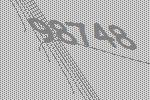
98748